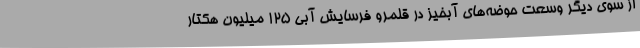
از سوی دیگر وسعت حوضه‌های آبخیز در قلمرو فرسایش آبی 125 میلیون هکتار